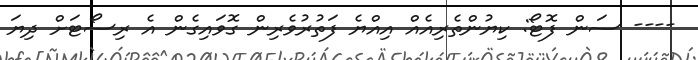
---- ސަން ފޮޓޯ: ކިޔުންތެރިއެއް އިއްޔެ ފަތުރުވެރިން ގޮވައިގެން އެ ރިސޯޓަށް ދިޔަ